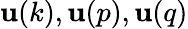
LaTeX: {\mathbf u(k)},{\mathbf u(p)},{\mathbf u(q)}